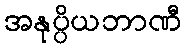
အနုပ္ပိယဘာဏီ